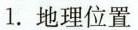
1.地理位置